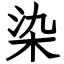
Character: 染